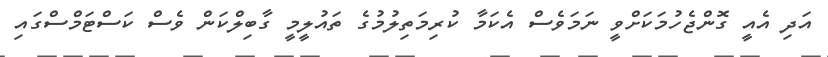
އަދި އެއީ ގޮންޖެހުމަކަށްވީ ނަމަވެސް އެކަމާ ކުރިމަތިލުމުގެ ތައުލީމީ ގާބިލްކަން ވެސް ކަސްޓަމްސްގައި